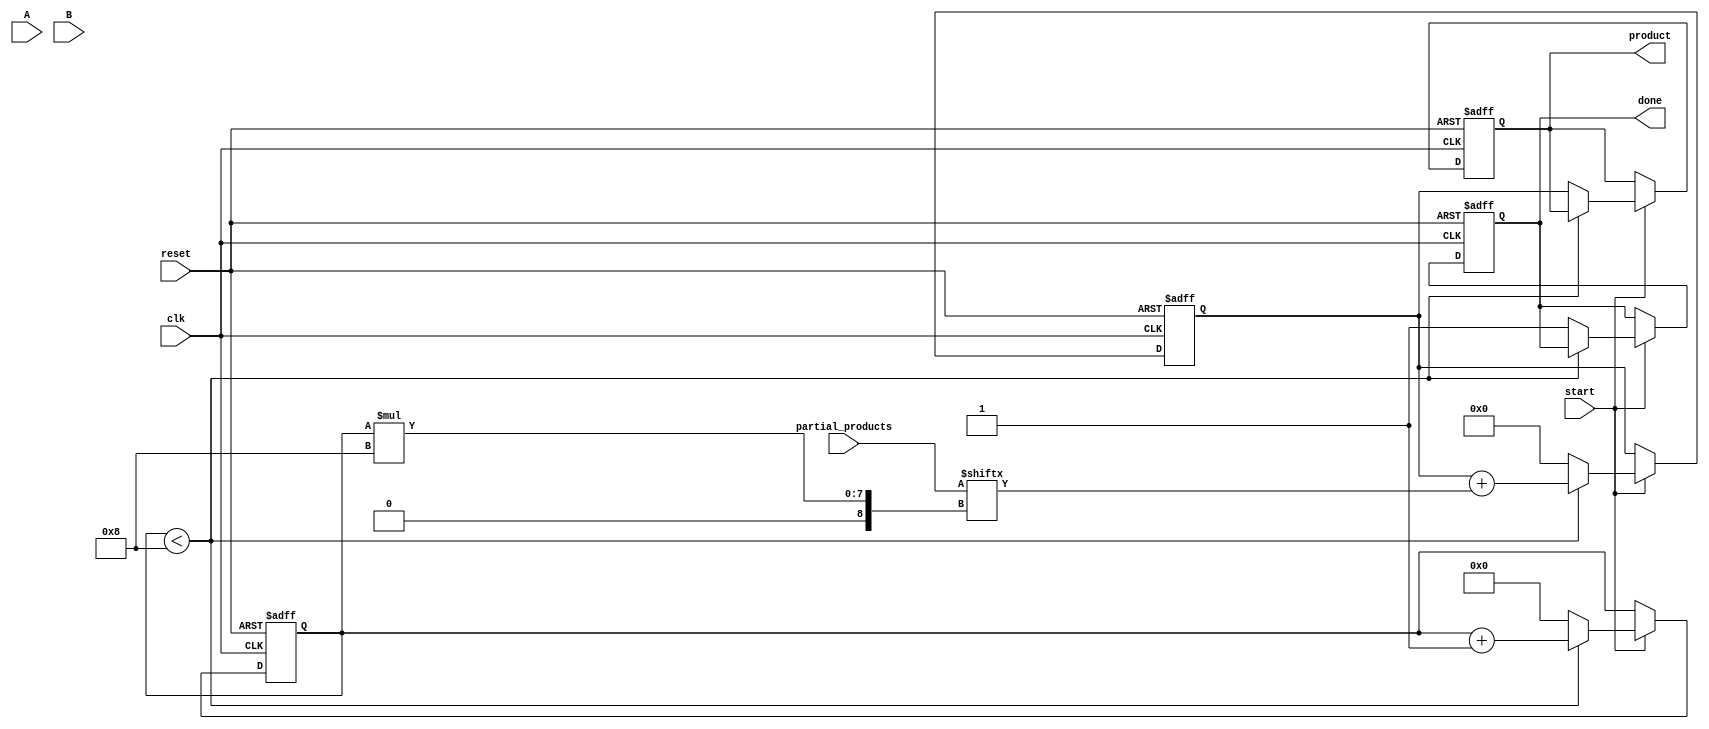
module PartialProductAccumulator #(
    parameter N = 8, // Number of bits for multiplicand A
    parameter M = 8  // Number of bits for multiplier B
)(
    input wire [N-1:0] A,                     // Multiplicand
    input wire [M-1:0] B,                     // Multiplier
    input wire [N+M-1:0] partial_products,     // Partial products input
    input wire start,                          // Start signal
    input wire reset,                          // Reset signal
    input wire clk,                            // Clock signal
    output reg [N+M-1:0] product,             // Final product output
    output reg done                            // Done signal
);

    reg [N+M-1:0] accumulator;                 // Accumulator for partial products
    reg [3:0] count;                           // Counter for number of partial products processed
    localparam TOTAL_PARTIALS = M;             // Total number of partial products to accumulate

    // Asynchronous reset
    always @(posedge clk or posedge reset) begin
        if (reset) begin
            product <= 0;
            accumulator <= 0;
            count <= 0;
            done <= 0;
        end else if (start) begin
            if (count < TOTAL_PARTIALS) begin
                // Accumulate the next partial product
                accumulator <= accumulator + partial_products[(count+1)*N-1:count*N];
                count <= count + 1;
            end else begin
                // All partial products processed
                product <= accumulator;
                done <= 1;
                count <= 0; // Reset count for next operation
                accumulator <= 0; // Reset accumulator for next operation
            end
        end
    end

endmodule